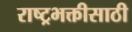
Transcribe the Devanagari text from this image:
राष्ट्रभक्तीसाठी